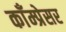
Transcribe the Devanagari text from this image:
काँम्प्रेसर